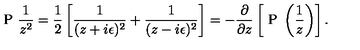
\textrm { P } \frac { 1 } { z ^ { 2 } } = \frac { 1 } { 2 } \left[ \frac { 1 } { ( z + i \epsilon ) ^ { 2 } } + \frac { 1 } { ( z - i \epsilon ) ^ { 2 } } \right] = - { \frac { \partial } { \partial z } } \left[ \textrm { P } \left( { \frac { 1 } { z } } \right) \right] .